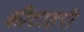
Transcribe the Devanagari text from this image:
कीटाहरी